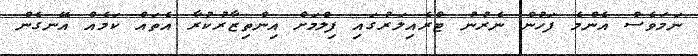
ނަމަވެސް އެންމެ ފަހުން ނެރުނު ޓްރެއިލަރުގައި ފިލްމަށް އިންތިޒާރުކުރާ އެތައް ކަމެއް އޭނގެން